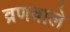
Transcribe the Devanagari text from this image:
व्रणवाले